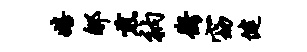
嬉郇煎衲衡窈健